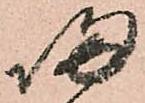
帰